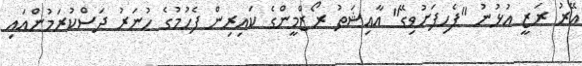
އޭރު ރަޒީ އުޅުނު "ފެހިފަށުވިގޭ" އާއިޝަތު ރޯޒްމީންގެ ކައިރިން ފެހުމުގެ ހުނަރު ދަސްކުރަމުންއައި